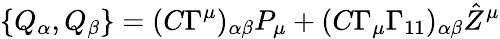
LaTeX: \{ Q_{\alpha},Q_{\beta}\} =(C\Gamma^{\mu})_{\alpha\beta}P_{\mu}+(C\Gamma_{\mu}\Gamma_{11})_{\alpha\beta}{\hat{Z}}^{\mu}